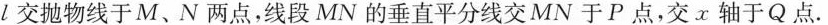
l交抛物线于M、N两点，线段MN的垂直平分线交MN于P点，交x轴于Q点。